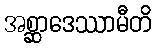
အစ္ဆာဒေဿာမီတိ